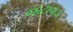
જાટાવાડા